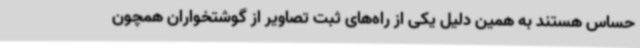
حساس هستند به همین دلیل یکی از راه‌های‌ ثبت تصاویر از گوشتخواران همچون